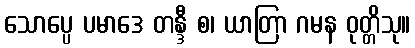
သောပ္ပေ ပမာဒေ တန္ဒီ စ၊ ယာတြာ ဂမန ဝုတ္တိသု။